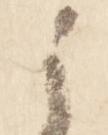
之